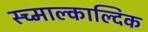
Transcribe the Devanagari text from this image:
स्च्माल्काल्दिक